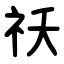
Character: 祅